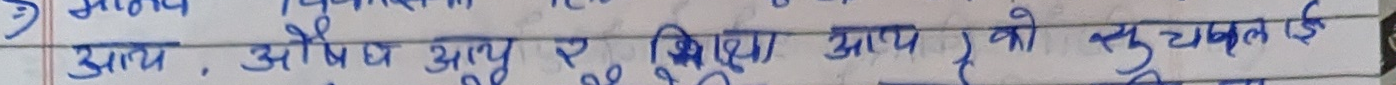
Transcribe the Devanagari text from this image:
अतः, औषध आयु र एवं आप को सुचलित हो।